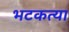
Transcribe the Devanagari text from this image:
भटकत्या